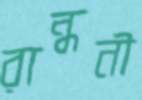
রান্ধনী